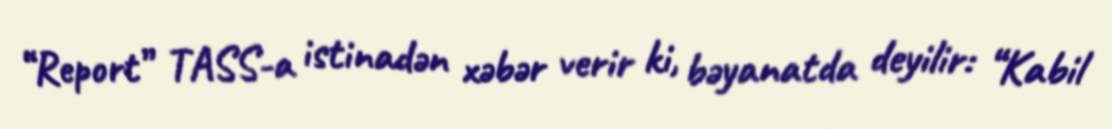
“Report” TASS-a istinadən xəbər verir ki, bəyanatda deyilir: “Kabil